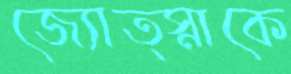
জ্যোত্স্নাকে